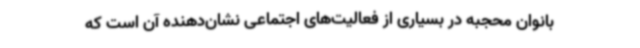
بانوان محجبه در بسیاری از فعالیت‌های اجتماعی نشان‌دهنده آن است که